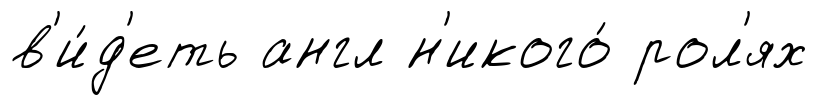
в'и́д'еть англ н'икого́ рол'ях